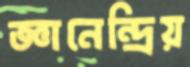
জ্ঞানেন্দ্রিয়